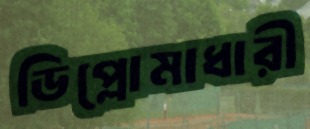
ডিপ্লোমাধারী